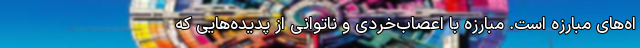
اه‌های مبارزه است. مبارزه با اعصاب‌خُردی و ناتوانی از پدیده‌هایی که